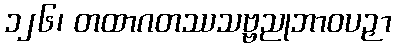
၁၂၆၊ တထာဂတဿသဗ္ဗညုဘာဝပဉှာ